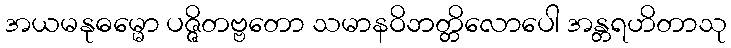
အယမနုဓမ္မော ပဇ္ဇိတဗ္ဗတော သမာနဝိဘတ္တိလောပေါ အန္တရဟိတာသု